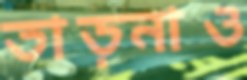
তাড়নাও